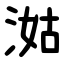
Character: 㴌